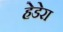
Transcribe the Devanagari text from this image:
हेडेरा